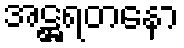
အဋ္ဌရတနော